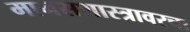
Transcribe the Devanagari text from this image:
मानसशास्त्रावरचा